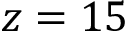
z = 1 5